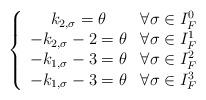
LaTeX: \begin{align*}\left\{ \begin{array}{cc} k_{2,\sigma}=\theta & \forall \sigma \in I_F^0 \\-k_{2,\sigma}-2=\theta & \forall \sigma \in I_F^1\\-k_{1,\sigma}-3=\theta & \forall \sigma \in I_F^2 \\-k_{1,\sigma}-3=\theta & \forall \sigma \in I_F^3\end{array}\right.\end{align*}